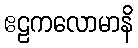
ဧဠကလောမာနိ